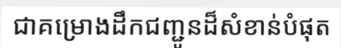
ជាគម្រោងដឹកជញ្ជូនដ៏សំខាន់បំផុត